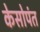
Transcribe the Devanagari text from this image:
केसोपंत